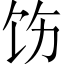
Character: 饬